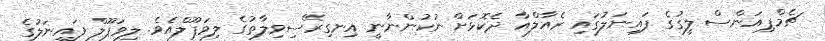
ޗެމްޕިއަންސް ލީގުގެ ފައިނަލުގައި ރެއާލްއާ ދެކޮޅަށް ނުކުންނާނީ އިނގިރޭސިވިލާތުގެ ލިވަޕޫލްއެވެ. ލިވަޕޫލް ފައިނަލުގެ